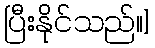
ပြီးနိုင်သည်။]